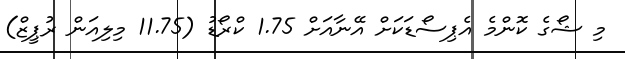
މި ޝޯގެ ކޮންމެ އެޕިސޯޑަކަށް އޭނާއަށް 1.75 ކްރޯޑު (11.75 މިލިއަން ރުޕީޒް)